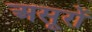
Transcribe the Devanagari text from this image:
असूरों